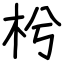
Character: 枍